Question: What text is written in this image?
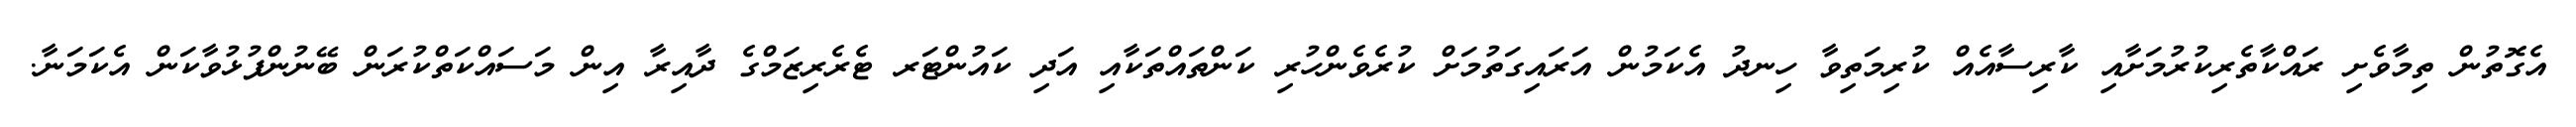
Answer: އެގޮތުން ތިމާވެށި ރައްކާތެރިކުރުމަށާއި ކާރިސާއެއް ކުރިމަތިވާ ހިނދު އެކަމުން އަރައިގަތުމަށް ކުރެވެންހުރި ކަންތައްތަކާއި އަދި ކައުންޓަރ ޓެރެރިޒަމްގެ ދާއިރާ އިން މަސައްކަތްކުރަން ބޭނުންފުޅުވާކަން އެކަމަނާ.